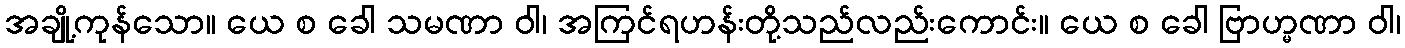
အချို့ကုန်သော။ ယေ စ ခေါ သမဏာ ဝါ၊ အကြင်ရဟန်းတို့သည်လည်းကောင်း။ ယေ စ ခေါ ဗြာဟ္မဏာ ဝါ၊